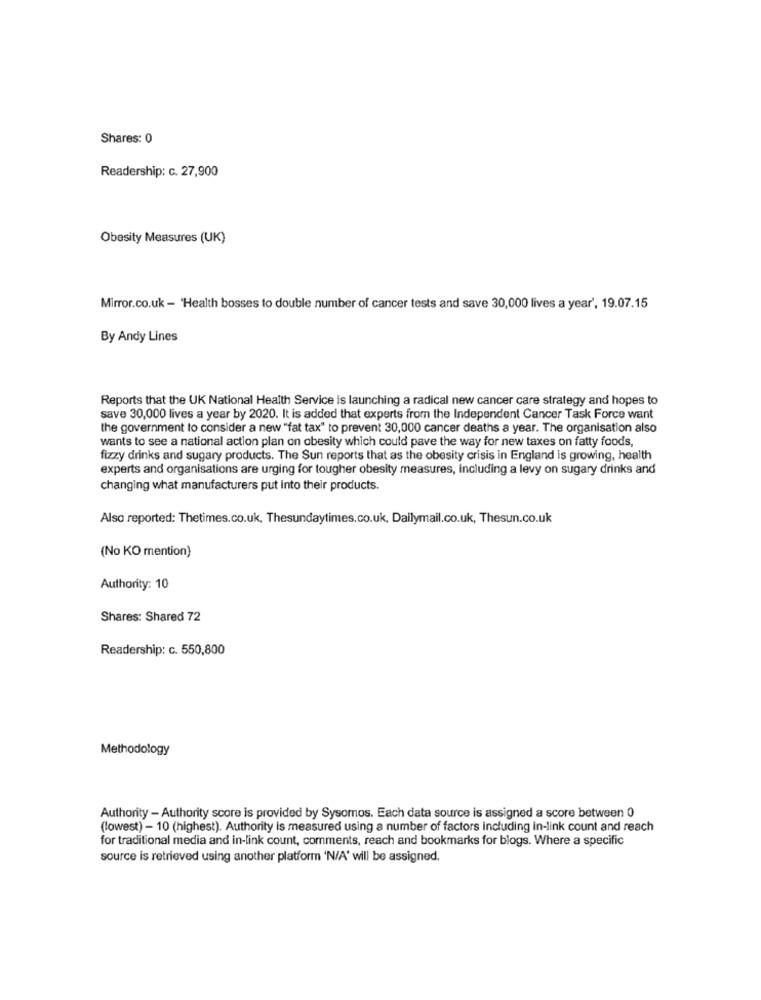
Shares: 0
Readership: c. 27,900
Obesity Measures (UK)
Mirror.co.uk - 'Health bosses to double number of cancer tests and save 30,000 lives a year', 19.07.15
By Andy Lines
Reports that the UK National Health Service is launching a radical new cancer care strategy and hopes to
save 30,000 lives a year by 2020. It is added that experts from the Independent Cancer Task Force want
the government to consider a new "fat tax" to prevent 30,000 cancer deaths a year. The organisation also
wants to see a national action plan on obesity which could pave the way for new taxes on fatty foods,
fizzy drinks and sugary products. The Sun reports that as the obesity crisis in England is growing, health
experts and organisations are urging for tougher obesity measures, including a levy on sugary drinks and
changing what manufacturers put into their products.
Also reported: Thetimes.co.uk, Thesundaytimes.co.uk, Dailymail.co.uk, Thesun.co.uk
(No KO mention)
Authority: 10
Shares: Shared 72
Readership: c. 550,800
Methodology
Authority - Authority score is provided by Sysomos. Each data source is assigned a score between 0
(lowest) - 10 (highest). Authority is measured using a number of factors including in-link count and reach
for traditional media and in-link count, comments, reach and bookmarks for blogs. Where a specific
source is retrieved using another platform 'N/A' will be assigned.